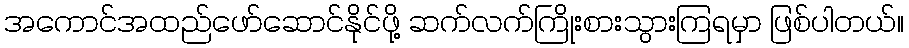
အကောင်အထည်ဖော်ဆောင်နိုင်ဖို့ ဆက်လက်ကြိုးစားသွားကြရမှာ ဖြစ်ပါတယ်။